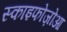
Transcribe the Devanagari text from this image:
स्काइफोज़ोआ